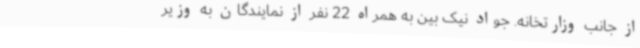
از جانب وزارتخانه. جواد نیک بین به همراه 22 نفر از نمایندگان به وزیر